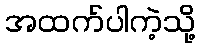
အထက်ပါကဲ့သို့